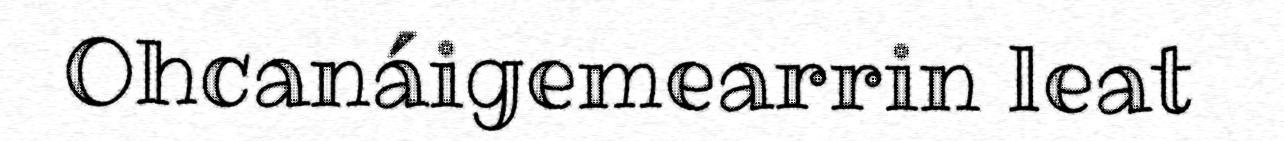
Ohcanáigemearrin leat